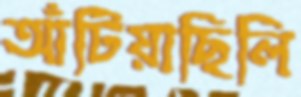
আঁটিয়াছিলি